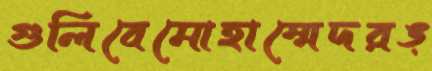
গুলিবেমোহাম্মেদরঙ্